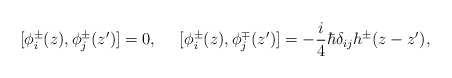
\begin{align*}[\phi_i^\pm(z),\phi_j^\pm(z')]=0,~~~~[\phi_i^\pm(z),\phi_j^\mp(z')]=-\frac{i}{4}\hbar\delta_{ij}h^\pm(z-z'),\end{align*}